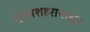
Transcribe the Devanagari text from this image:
मुख्यशहरापासून